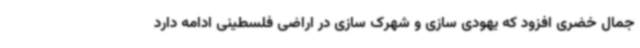
جمال خضری افزود که یهودی سازی و شهرک سازی در اراضی فلسطینی ادامه دارد